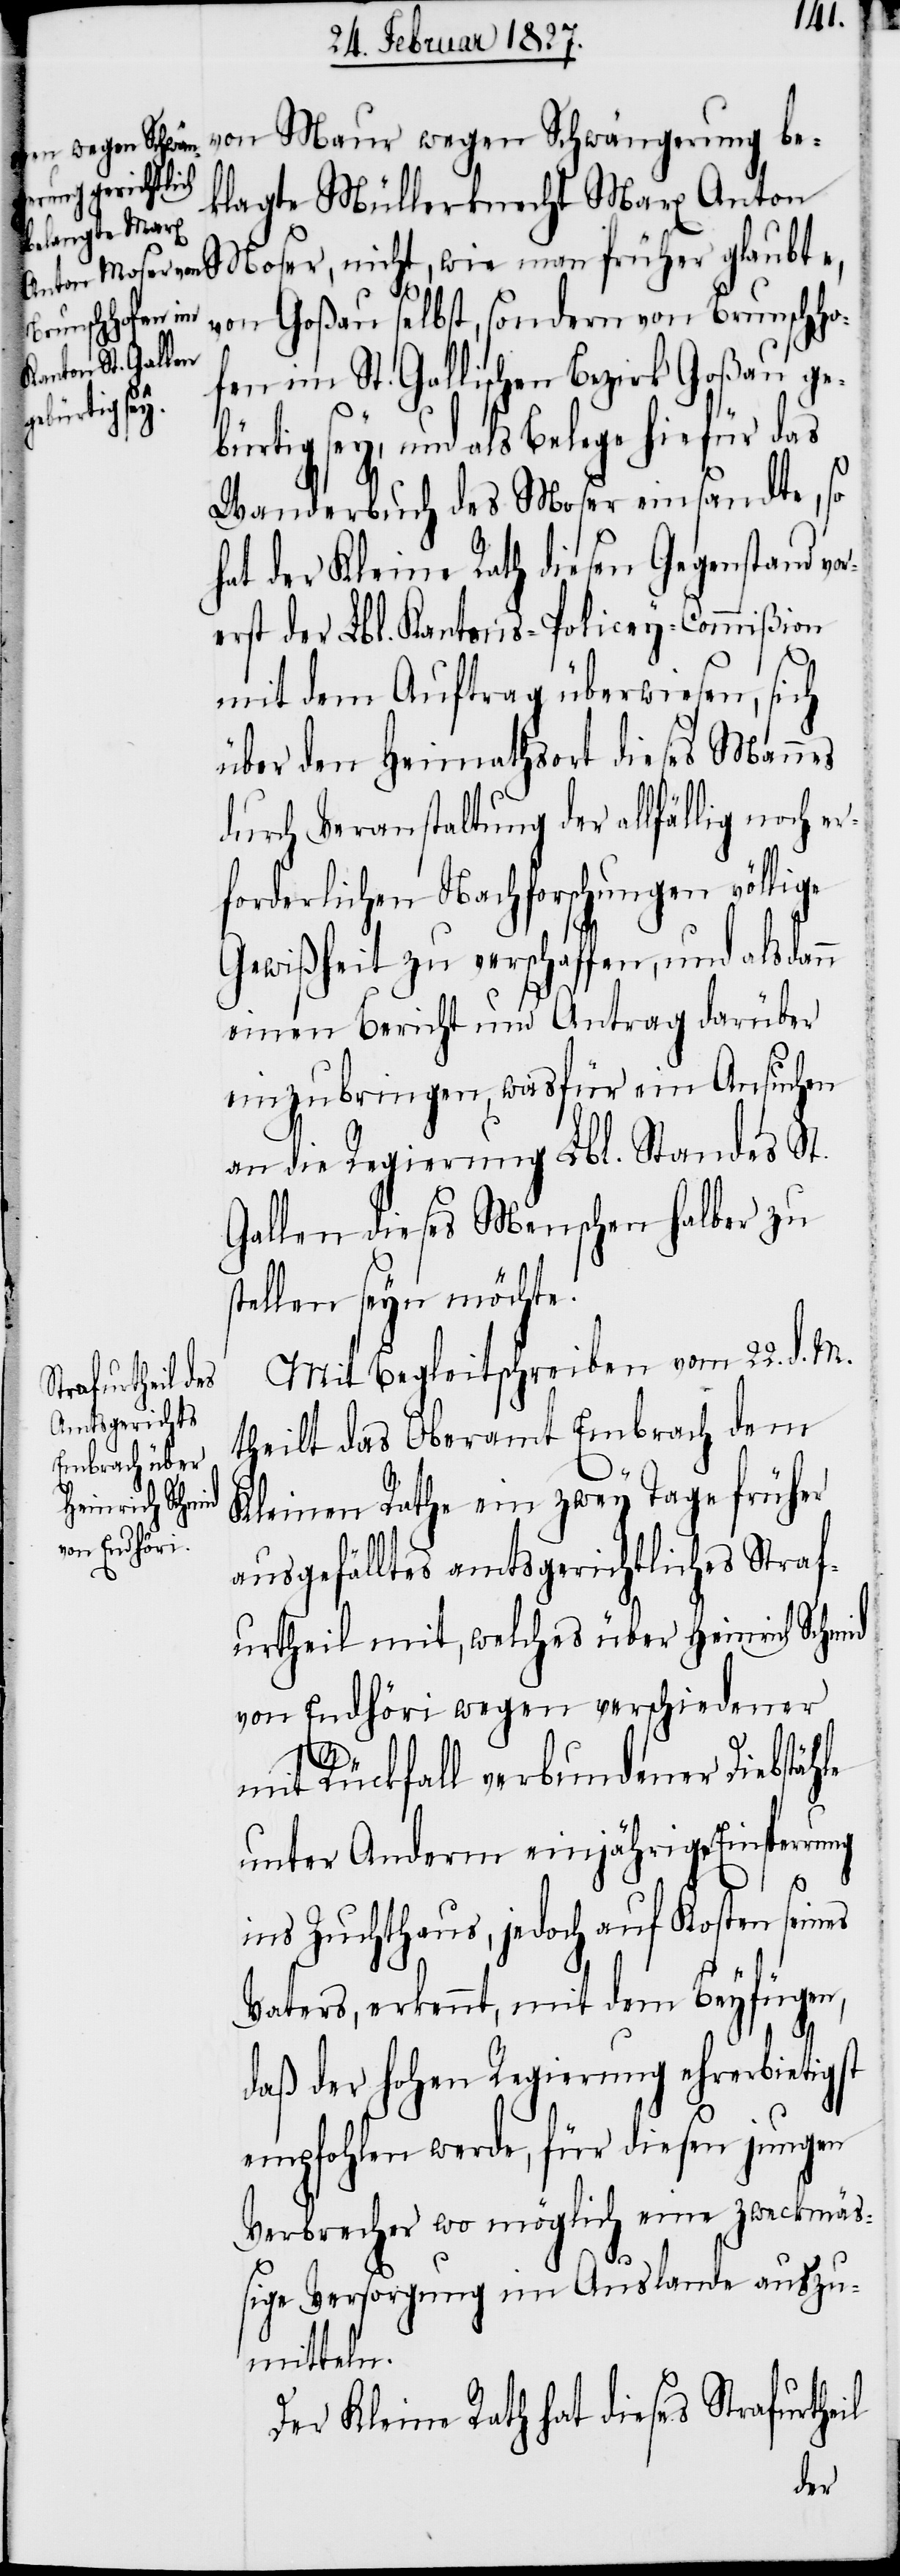
klagte Müllerknecht Marx Anton
von Goßau selbst, sondern von Brunschho¬
früher glaubte,
fen im St. Gallischen Bezirk Goßau ge¬
bürtig sey, und als Belege hiefür das
Wanderbuch des Moser einsandte, so
hat der Kleine Rath diesen Gegenstand vo¬
erst der Lbl. Kantons-Policey-Commißion
mit dem Auftrag überwiesen, sich
über den Heimathsort dieses Mannes
durch Veranstaltung der allfällig noch er¬
forderlichen Nachforschungen völlige
Gewißheit zu verschaffen, und alsdan¬
einen Bericht und Antrag darüber
einzubringen, was für ein Ansuchen
an die Regierung Lbl. Standes St.
Gallen dieses Menschen halber zu
stellen seyn möchte.
Mit Begleitschreiben vom 22. d. M.
theilt das Oberamt Embrach dem
Kleinen Rathe ein zwey Tage früher
ausgefälltes amtsgerichtliches Straf¬
urtheil mit, welches über Heinrich Schmid
von Endhöri wegen verschiedener
mit Rückfall verbundener Diebstähle
unter Anderm einjährige Einsperrung
n
ins Zuchthaus, jedoch auf Kosten seines
Vaters, erkennt, mit dem Beyfügen,
daß der hohen Regierung ehrerbietigst
empfohlen werde, für diesen jungen
Verbrecher wo möglich eine zweckmä¬
ßige Versorgung im Auslande auszu¬
mitteln.
Der Kleine Rath hat dieses Strafurtheil